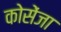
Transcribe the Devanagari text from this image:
कोसेंजा